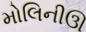
મોલિનીઊ